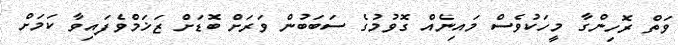
ވަތް ރޮހިންގާ މީހަކުވެސް މައިނެއް ގޮވުމުގެ ސަބަބުން ވަރަށް ބޮޑަށް ޒަޚަމްވެފައިވާ ކަމަށް